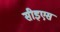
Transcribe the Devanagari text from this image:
सीइएस